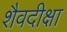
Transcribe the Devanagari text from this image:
शैवदीक्षा